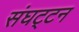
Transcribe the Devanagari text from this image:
संघट्‍टन